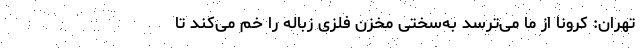
تهران: کرونا از ما می‌ترسد به‌سختی مخزن فلزی زباله را خم می‌کند تا